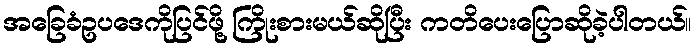
အခြေခံဥပဒေကိုပြင်ဖို့ ကြိုးစားမယ်ဆိုပြီး ကတိပေးပြောဆိုခဲ့ပါတယ်။